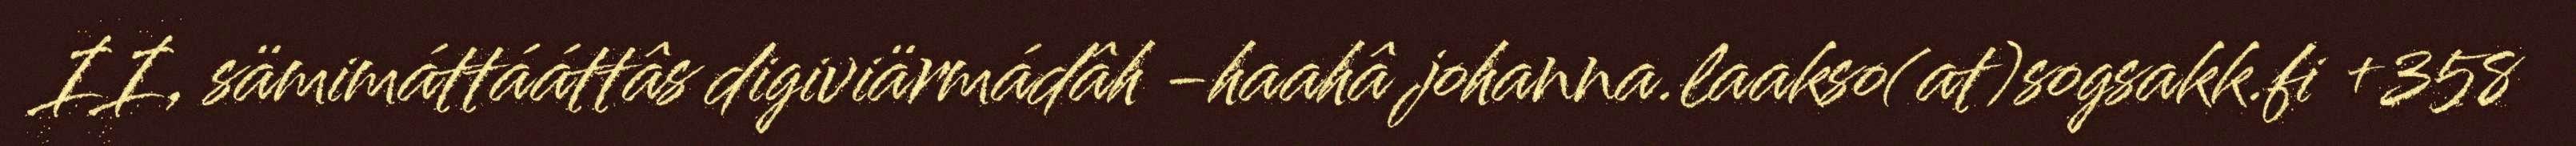
II, sämimáttááttâs digiviärmádâh -haahâ johanna.laakso(at)sogsakk.fi +358